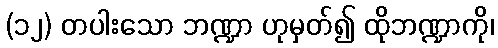
(၁၂) တပါးသော ဘဏ္ဍာ ဟုမှတ်၍ ထိုဘဏ္ဍာကို၊